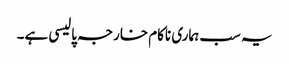
یہ سب ہماری ناکام خارجہ پالیسی ہے۔